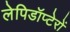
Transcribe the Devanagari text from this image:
लेपिडॉप्टेरों